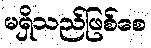
မရှိသည်ဖြစ်စေ